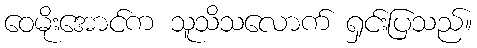
ဝေမိုးအောင်က သူသိသလောက် ရှင်းပြသည်။